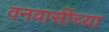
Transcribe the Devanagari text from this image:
वनवासींच्या